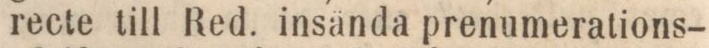
recte till Red. insända prenumerations-